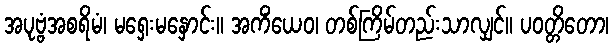
အပုဗ္ဗံအစရိမံ၊ မရှေးမနှောင်း။ အကိံယေဝ၊ တစ်ကြိမ်တည်းသာလျှင်။ ပဝတ္တိတော၊